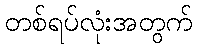
တစ်ရပ်လုံးအတွက်